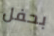
بحفل